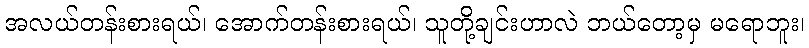
အလယ်တန်းစားရယ်၊ အောက်တန်းစားရယ်၊ သူတို့ချင်းဟာလဲ ဘယ်တော့မှ မရောဘူး၊